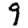
Digit: 9